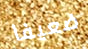
ضعيفا